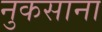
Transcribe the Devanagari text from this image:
नुकसाना